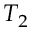
T _ { 2 }